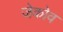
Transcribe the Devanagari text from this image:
जेकोव